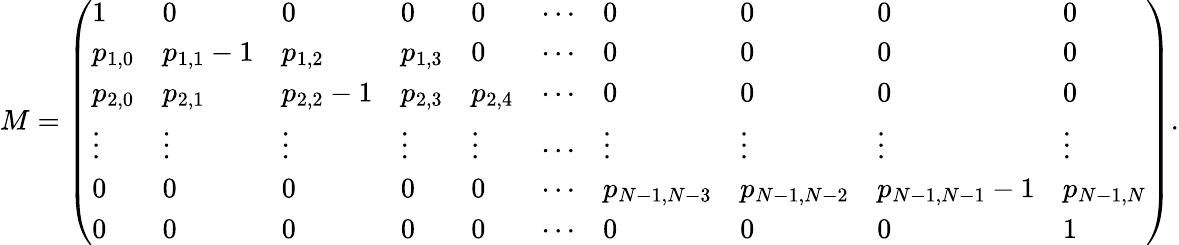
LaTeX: M=\left(\begin{array}{llllllllll}{1}&{0}&{0}&{0}&{0}&{\cdots}&{0}&{0}&{0}&{0}\\ {p_{1,0}}&{p_{1,1}-1}&{p_{1,2}}&{p_{1,3}}&{0}&{\cdots}&{0}&{0}&{0}&{0}\\ {p_{2,0}}&{p_{2,1}}&{p_{2,2}-1}&{p_{2,3}}&{p_{2,4}}&{\cdots}&{0}&{0}&{0}&{0}\\ {\vdots}&{\vdots}&{\vdots}&{\vdots}&{\vdots}&{\cdots}&{\vdots}&{\vdots}&{\vdots}&{\vdots}\\ {0}&{0}&{0}&{0}&{0}&{\cdots}&{p_{N-1,N-3}}&{p_{N-1,N-2}}&{p_{N-1,N-1}-1}&{p_{N-1,N}}\\ {0}&{0}&{0}&{0}&{0}&{\cdots}&{0}&{0}&{0}&{1}\end{array}\right).